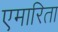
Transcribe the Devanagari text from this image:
एमारिता